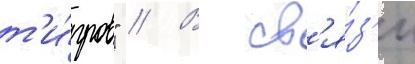
т'и́гров" // В св'я́з'и